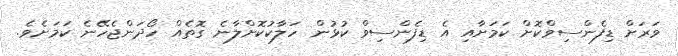
ވަރަށް ޑިފެންސިވްކޮށް ކަމަށާއި އެ ޑިފެންސިވް ކުޅުން ހަލާކުކޮށްލާނެ ގޮތެއް ހޯދަންޖެހޭނެ ކަމަށެވެ.